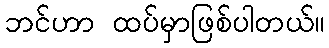
ဘင်ဟာ ထပ်မှာဖြစ်ပါတယ်။